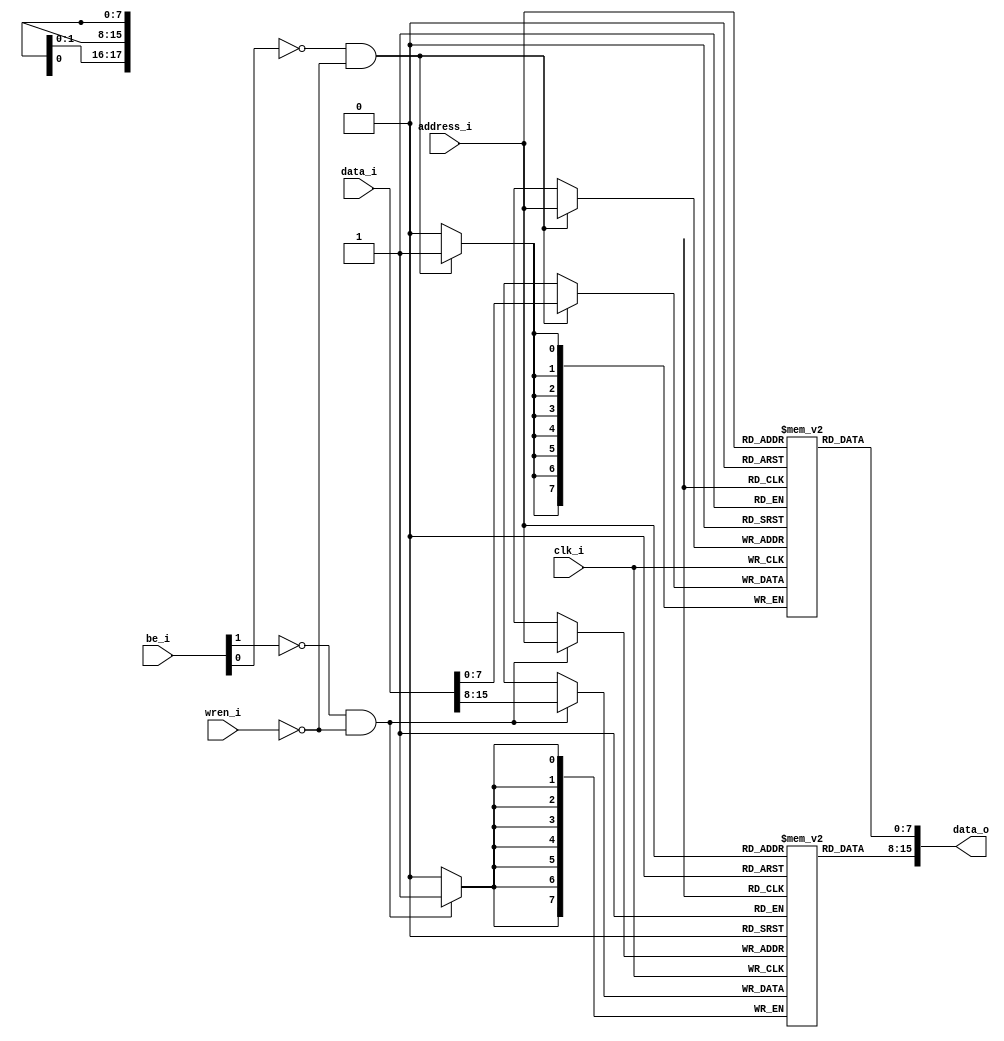
module asram16 
( 
    clk_i, 
    data_o, 
    data_i, 
    address_i, 
    be_i,
    wren_i 
);

//-----------------------------------------------------------------
// Params
//-----------------------------------------------------------------
parameter  [31:0]       SIZE = 18;
    
//-----------------------------------------------------------------
// I/O
//-----------------------------------------------------------------     
input                   clk_i;
output [15:0]           data_o;
input  [15:0]           data_i;
input  [(SIZE - 1):0]   address_i;
input  [1:0]            be_i;
input                   wren_i;

//-----------------------------------------------------------------
// Registers
//-----------------------------------------------------------------
reg [7:0]               ram_ub [((2<< (SIZE-1)) - 1):0];
reg [7:0]               ram_lb [((2<< (SIZE-1)) - 1):0];
wire [15:0]             data_o;

//-----------------------------------------------------------------
// Processes
//-----------------------------------------------------------------       
always @ (posedge clk_i )
begin 
    if ((be_i[1] == 1'b0) && (wren_i == 1'b0))
    begin
        ram_ub[address_i] <= data_i[15:8];
    end
    
    if ((be_i[0] == 1'b0) && (wren_i == 1'b0))
    begin
        ram_lb[address_i] <= data_i[7:0];
    end    
end

//-------------------------------------------------------------------
// Combinatorial
//-------------------------------------------------------------------   
assign data_o = { ram_ub[address_i], ram_lb[address_i] };

endmodule